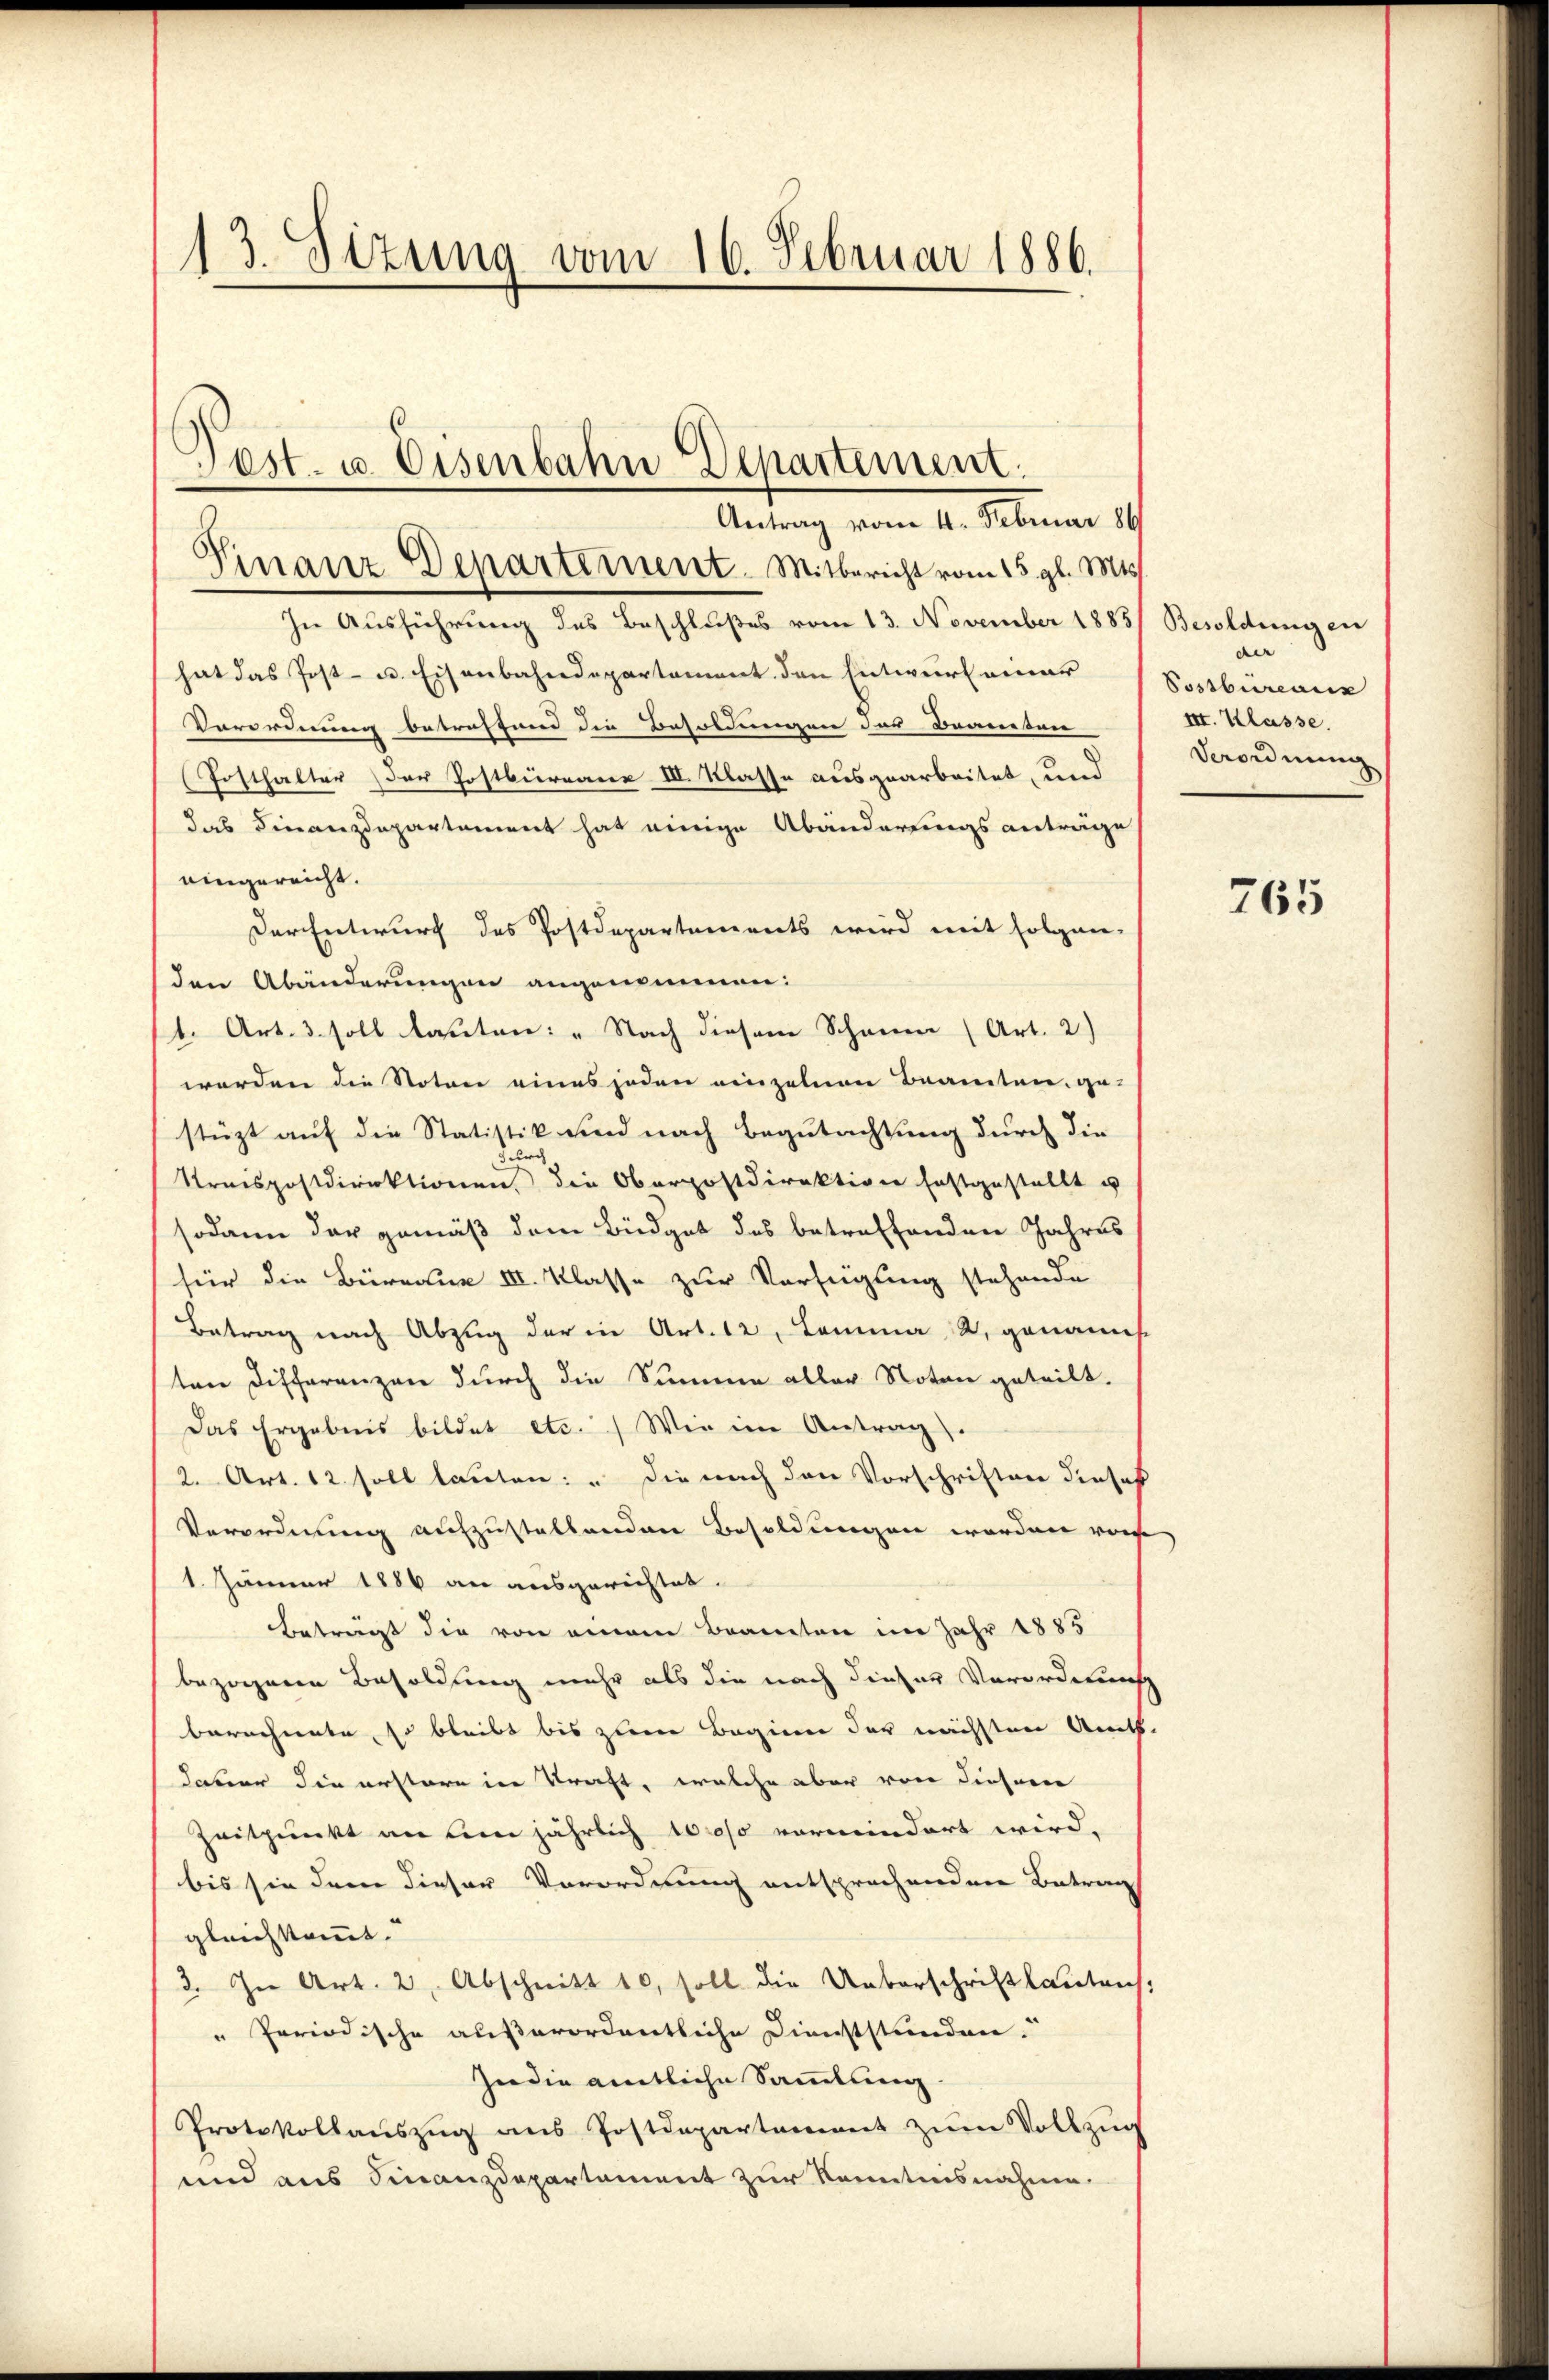
13. Sizung vom 16. Februar 1886.

In Ausführung des Beschlußes vom 13. November 1885
hat das Post- u. Eisenbahndepartement den Entwurf einer
Vorordnung betreffend die Besoldungen des Beanten
Fosthalter der Postbüreane III. Klasse ausgearbeitet, und
das Finanzdepartement hat einige Abänderungsanträge
eingereicht.
Der Entwurf des Postdepartements wird mit folgen-
den Abänderungen angenommen:
1. Art. 3 soll lauten: „Nach diesem Schauen (Art. 2)
werden die Notar eines jeden einzelnen Beamten ge-
stüzt auf die Statistik und nach Begutachtung durch die
durch
Streispostdirektionen, die Oberpostdirektion festgestellt u
sodann der gemäß dem Büdget des betreffenden Jahres
für die Büreau III. Klasse zur Verfügung stehende
Betrag nach Abzug der in Art. 12, Comma, u. genannt
ten Differenzen durch die Summe aller Noten geteilt.
Das Ergebnis bildet etc.) Wie im Antrag).
2. Art. 12 soll lauten: „Die nach den Vorschriften dieses
Verordnung aufzustellenden Besoldungen worden vor
1. Januar 1886 an ausgerichtet.
Beträgt die von einem Brauten im Jahr 1885
bezogenen Besoldung mehr als die nach dieser Verordnung
berechnete, so bleibt bis zum Beginn der nächsten Amts-
Jaber die erstere in Straft, welche aber von diesem
Zeitpunkt an um jährlich so vermindert wird.
bis sie dem dieser Vorordnung entsprochenden Betrag
gleichkommt.
3. In Art. 2, Abschnitt 10, soll die Ueberschriftlautens,
" Periodische außerordentliche Dienststunden.
In die amtliche Sammlung.
Protokollauszug aus Postdepartement zum Vollzin
und aus Finanzdepartement zur Kenntnisnahme.

Antrag vom 4. Februar 186
Einanz-Departement. Mitbericht vom 15. gl. Mts.

Pest. u. Eisenbahn Departement

Besoldungen
der
Possbureaus
III. Klasse.
Verordnung

765